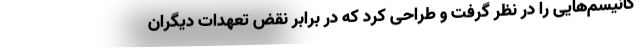
کانیسم‌هایی را در نظر گرفت و طراحی کرد که در برابر نقض تعهدات دیگران